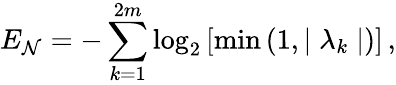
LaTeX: E_{\mathcal{N}}=-\sum_{k=1}^{2m}\log_{2}\left[\operatorname*{min}\left(1,\mid\lambda_{k}\mid\right)\right]\, ,